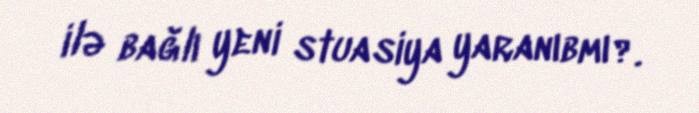
ilə bağlı yeni stuasiya yaranıbmı?.